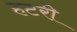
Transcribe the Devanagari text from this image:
हटरी